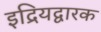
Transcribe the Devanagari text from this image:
इद्रियद्वारक